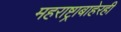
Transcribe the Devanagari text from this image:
महराष्ट्राबाहेरही